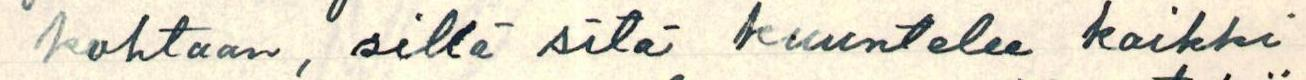
kohtaan, sillä sitä kuuntelee kaikki